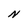
Character: N